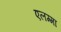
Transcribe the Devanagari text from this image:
एलम्‍मा